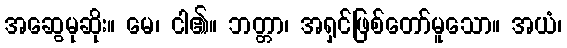
အဆွေမုဆိုး။ မေ၊ ငါ၏။ ဘတ္တာ၊ အရှင်ဖြစ်တော်မူသော။ အယံ၊